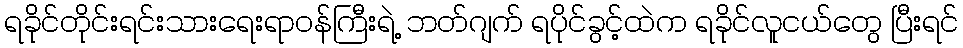
ရခိုင်တိုင်းရင်းသားရေးရာဝန်ကြီးရဲ့ ဘတ်ဂျက် ရပိုင်ခွင့်ထဲက ရခိုင်လူငယ်တွေ ပြီးရင်